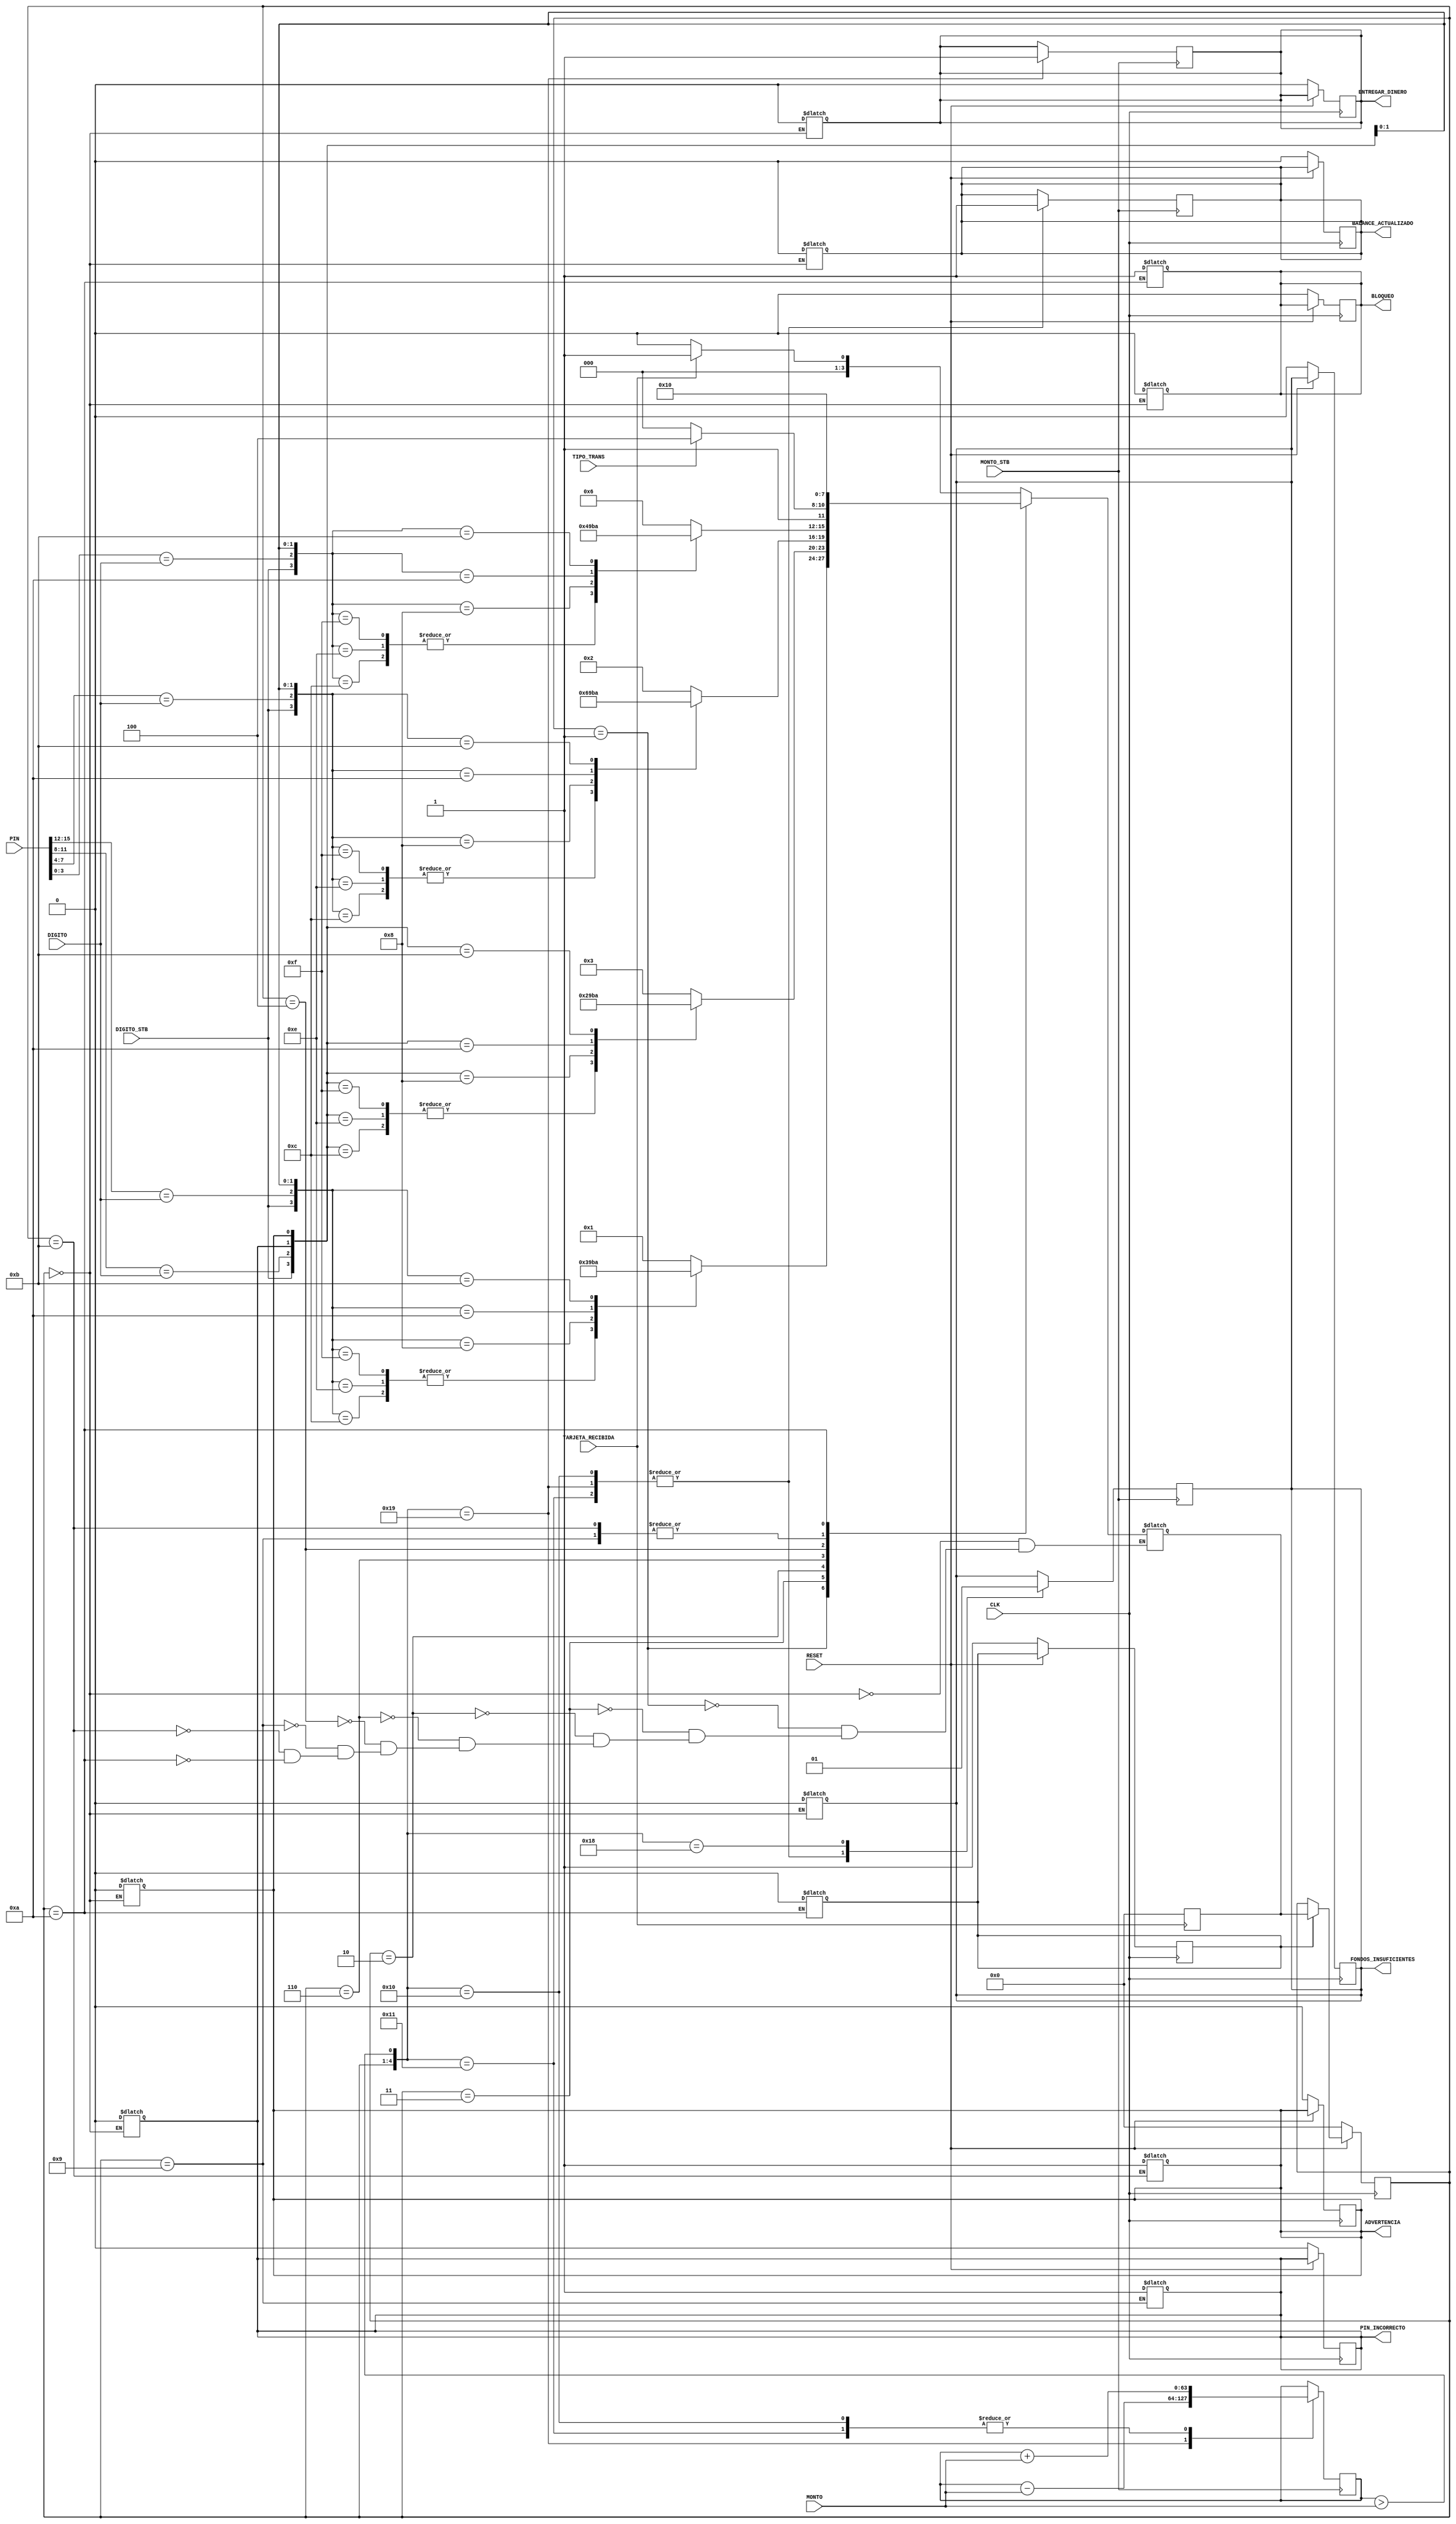
module me(
    input CLK, RESET, TARJETA_RECIBIDA, DIGITO_STB, TIPO_TRANS, MONTO_STB,
    input [15:0] PIN, 
    input [3:0] DIGITO,
    input  [31:0] MONTO,
    output reg BALANCE_ACTUALIZADO, ENTREGAR_DINERO, FONDOS_INSUFICIENTES, ADVERTENCIA, BLOQUEO, PIN_INCORRECTO
);

// Definicin de estados
parameter ESPERA                = 4'b0000;
parameter INTRODUCIENDO_PIN_1   = 4'b0001;
parameter INTRODUCIENDO_PIN_2   = 4'b0011;
parameter INTRODUCIENDO_PIN_3   = 4'b0010;
parameter INTRODUCIENDO_PIN_4   = 4'b0110;
parameter TRANS_ELEGIR          = 4'b0100;
parameter TRANS_RETIRO          = 4'b1100;
parameter TRANS_DEPOSITO        = 4'b1000;
parameter PIN_INCORRECTO_1      = 4'b1001;
parameter PIN_INCORRECTO_2      = 4'b1011;
parameter PIN_INCORRECTO_3      = 4'b1010;

// Registros internos
reg [3:0] ESTADO, PROX_ESTADO;
reg [15:0] PIN_INTRODUCIDO;
reg [63:0] BALANCE = 696969; // Puede variar, es la cantidad de dinero en la cuenta
reg ENABLE = 1;

// Descripcin de Flip-Flops
always @(posedge CLK) begin
    if (!RESET) begin
        ESTADO <= ESPERA;
        BALANCE_ACTUALIZADO <= 0;
        ENTREGAR_DINERO <= 0;
        FONDOS_INSUFICIENTES <= 0;
        PIN_INCORRECTO <= 0;
        ADVERTENCIA <= 0;
        BLOQUEO <= 0;
        ENABLE <= 1;
    end else begin
        if (ENABLE) begin
            ESTADO <= PROX_ESTADO;    
        end
    end
end


// Lgica de prximo estado
// Se dise una maquina de MOORE
always @(*) begin
    case (ESTADO)
        ESPERA: begin
            PROX_ESTADO = (TARJETA_RECIBIDA) ? INTRODUCIENDO_PIN_1 : ESPERA;
            BALANCE_ACTUALIZADO = 0;
            ENTREGAR_DINERO = 0;
            FONDOS_INSUFICIENTES = 0;
            PIN_INCORRECTO = 0;
            ADVERTENCIA = 0;
            BLOQUEO = 0;
        end 

        INTRODUCIENDO_PIN_1: begin
            case ({DIGITO_STB, (PIN[15:12] == DIGITO), PIN_INCORRECTO, ADVERTENCIA})
                4'b1100: PROX_ESTADO = INTRODUCIENDO_PIN_2;
                4'b1110: PROX_ESTADO = INTRODUCIENDO_PIN_2;
                4'b1111: PROX_ESTADO = INTRODUCIENDO_PIN_2;
                4'b1000: PROX_ESTADO = PIN_INCORRECTO_1;
                4'b1010: PROX_ESTADO = PIN_INCORRECTO_2;
                4'b1011: PROX_ESTADO = PIN_INCORRECTO_3;
                default: PROX_ESTADO = INTRODUCIENDO_PIN_1;
            endcase
        end

        INTRODUCIENDO_PIN_2: begin
            case ({DIGITO_STB, (PIN[11:8] == DIGITO), PIN_INCORRECTO, ADVERTENCIA})
                4'b1100: PROX_ESTADO = INTRODUCIENDO_PIN_3;
                4'b1110: PROX_ESTADO = INTRODUCIENDO_PIN_3;
                4'b1111: PROX_ESTADO = INTRODUCIENDO_PIN_3;
                4'b1000: PROX_ESTADO = PIN_INCORRECTO_1;
                4'b1010: PROX_ESTADO = PIN_INCORRECTO_2;
                4'b1011: PROX_ESTADO = PIN_INCORRECTO_3;
                default: PROX_ESTADO = INTRODUCIENDO_PIN_2;
            endcase
        end

        INTRODUCIENDO_PIN_3: begin
            case ({DIGITO_STB, (PIN[7:4] == DIGITO), PIN_INCORRECTO, ADVERTENCIA})
                4'b1100: PROX_ESTADO = INTRODUCIENDO_PIN_4;
                4'b1110: PROX_ESTADO = INTRODUCIENDO_PIN_4;
                4'b1111: PROX_ESTADO = INTRODUCIENDO_PIN_4;
                4'b1000: PROX_ESTADO = PIN_INCORRECTO_1;
                4'b1010: PROX_ESTADO = PIN_INCORRECTO_2;
                4'b1011: PROX_ESTADO = PIN_INCORRECTO_3;
                default: PROX_ESTADO = INTRODUCIENDO_PIN_3;
            endcase
        end

        INTRODUCIENDO_PIN_4: begin
            case ({DIGITO_STB, (PIN[3:0] == DIGITO), PIN_INCORRECTO, ADVERTENCIA})
                4'b1100: PROX_ESTADO = TRANS_ELEGIR;
                4'b1110: PROX_ESTADO = TRANS_ELEGIR;
                4'b1111: PROX_ESTADO = TRANS_ELEGIR;
                4'b1000: PROX_ESTADO = PIN_INCORRECTO_1;
                4'b1010: PROX_ESTADO = PIN_INCORRECTO_2;
                4'b1011: PROX_ESTADO = PIN_INCORRECTO_3;
                default: PROX_ESTADO = INTRODUCIENDO_PIN_4;
            endcase
        end

        TRANS_ELEGIR: begin
            case (TIPO_TRANS)
                2'b0: PROX_ESTADO = TRANS_DEPOSITO; // Depsito
                2'b1: PROX_ESTADO = TRANS_RETIRO; // Retiro
                default: PROX_ESTADO = TRANS_ELEGIR;
            endcase
        end

        PIN_INCORRECTO_1: PROX_ESTADO = INTRODUCIENDO_PIN_1;

        PIN_INCORRECTO_2: PROX_ESTADO = INTRODUCIENDO_PIN_1;

        PIN_INCORRECTO_3: begin
            PROX_ESTADO = ESPERA;
            ENABLE = 0;
        end 

    endcase
end

// Retiro e introduccin de tarjeta
always @(negedge TARJETA_RECIBIDA) begin
    PROX_ESTADO = ESPERA;
end


// Salidas de MOORE por seguridad
always @(ESTADO) begin
    case (ESTADO)
        PIN_INCORRECTO_1:   PIN_INCORRECTO = 1;
        PIN_INCORRECTO_2:   ADVERTENCIA = 1;
        PIN_INCORRECTO_3:   BLOQUEO = 1; 
    endcase
end

// Salidas de MOORE por transacciones
always @(posedge MONTO_STB) begin
    case ({ESTADO, (BALANCE>MONTO)})
        5'b10001: begin
            BALANCE = BALANCE + MONTO;
            BALANCE_ACTUALIZADO = 1;
            FONDOS_INSUFICIENTES = 0;
        end 
        5'b11001: begin
            BALANCE = BALANCE - MONTO;
            BALANCE_ACTUALIZADO = 1;
            FONDOS_INSUFICIENTES = 0;
            ENTREGAR_DINERO = 1;
        end 
        5'b10000: begin
            BALANCE = BALANCE + MONTO;
            BALANCE_ACTUALIZADO = 1;
            FONDOS_INSUFICIENTES = 0;
        end 
        5'b11000: FONDOS_INSUFICIENTES = 1;
    endcase
end

endmodule